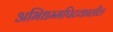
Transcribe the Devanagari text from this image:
अभिधम्मपिटकातील